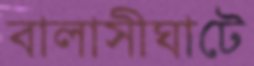
বালাসীঘাটে